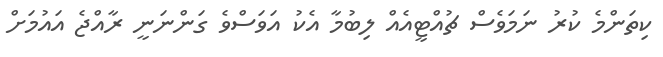
ކިތަންމެ ކުރު ނަމަވެސް ޗުއްޓީއެއް ލިބުމާ އެކު އަވަސްވެ ގަންނަނީ ރާއްޖެ އައުމަށް